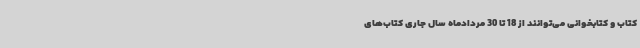
کتاب و کتابخوانی می‌توانند از 18 تا 30 مردادماه سال جاری کتاب‌های